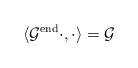
\begin{align*} \langle \mathcal{G}^{\mathrm{end}} \cdot ,\cdot \rangle = \mathcal{G}\end{align*}